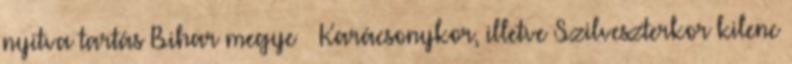
nyitva tartás Bihar megye – Karácsonykor, illetve Szilveszterkor kilenc